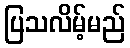
ပြသလိမ့်မည်